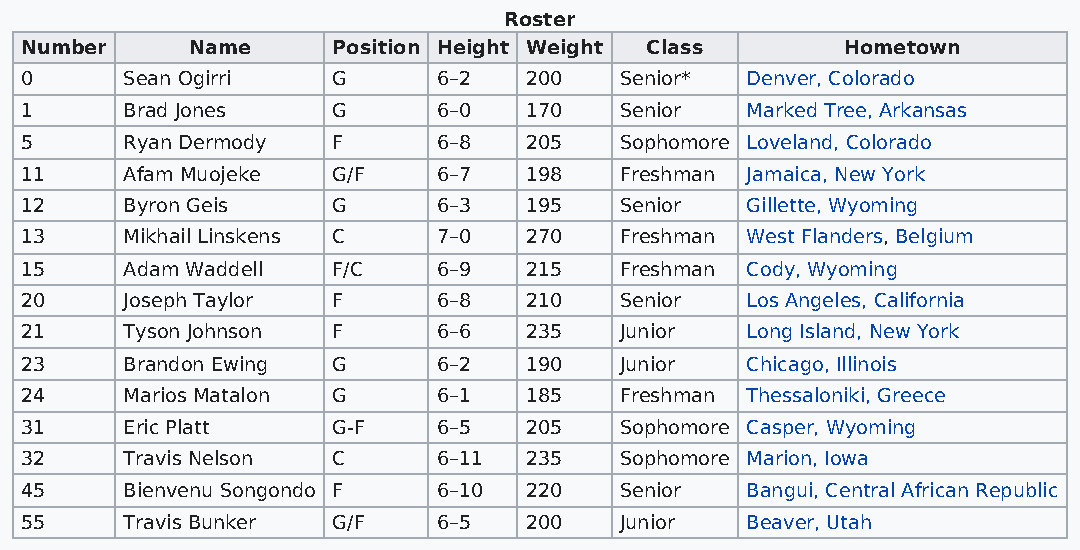
Roster
 Number     Name      Position Height Weight Class      Hometown
 0      Sean Ogirri   G      6–2   200   Senior* Denver, Colorado
 1      Brad Jones    G      6–0   170   Senior  Marked Tree, Arkansas
 5      Ryan Dermody  F      6–8   205   Sophomore Loveland, Colorado
 11     Afam Muojeke  G/F    6–7   198   Freshman Jamaica, New York
 12     Byron Geis    G      6–3   195   Senior  Gillette, Wyoming
 13     Mikhail Linskens C   7–0   270   Freshman West Flanders, Belgium
 15     Adam Waddell  F/C    6–9   215   Freshman Cody, Wyoming
 20     Joseph Taylor F      6–8   210   Senior  Los Angeles, California
 21     Tyson Johnson F      6–6   235   Junior  Long Island, New York
 23     Brandon Ewing G      6–2   190   Junior  Chicago, Illinois
 24     Marios Matalon G     6–1   185   Freshman Thessaloniki, Greece
 31     Eric Platt    G-F    6–5   205   Sophomore Casper, Wyoming
 32     Travis Nelson C      6–11  235   Sophomore Marion, Iowa
 45     Bienvenu Songondo F  6–10  220   Senior  Bangui, Central African Republic
 55     Travis Bunker G/F    6–5   200   Junior  Beaver, Utah